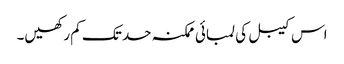
اس کیبل کی لمبائی ممکنہ حد تک کم رکھیں۔